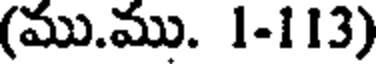
(ము.ము. 1-113)